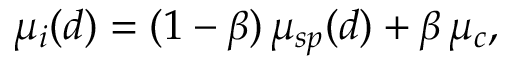
\mu _ { i } ( d ) = ( 1 - \beta ) \, \mu _ { s p } ( d ) + \beta \, \mu _ { c } ,